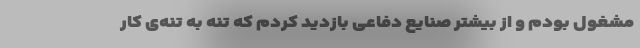
مشغول بودم و از بیشتر صنایع دفاعی بازدید کردم که تنه به تنه‌ی کار